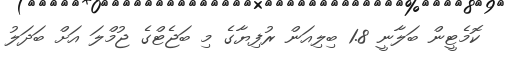
ކޮމެޓީން ބަލާނީ 1.8 ބިލިއަން ރުފިޔާގެ މި ބަޖެޓްގެ ޖުމްލަ އަށް ބަދަލު